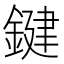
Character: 鍵